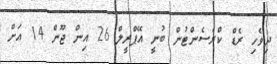
ދިވެހި ރެޑް ކްރެސެންޓުން ބުނީ އޭޕްރީލް 26 އިން ޖޫން 14 އަށް